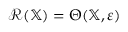
\mathcal { R } ( \mathbb { X } ) = \Theta ( \mathbb { X } , \varepsilon )